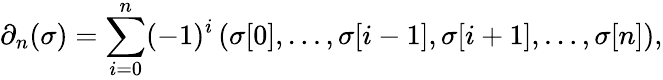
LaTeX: \partial_{n}(\sigma)=\sum_{i=0}^{n}(-1)^{i}\left(\sigma[0],\dots,\sigma[i-1],\sigma[i+1],\dots,\sigma[n]\right),